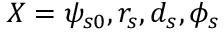
X = \psi _ { s 0 } , r _ { s } , d _ { s } , \phi _ { s }